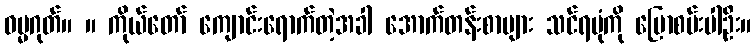
ဓမ္မဂုတ်။ ။ ကိုယ်တော် ကျောင်းရောက်တဲ့အခါ အောက်တန်းစာများ သင်ရပုံကို ပြောစမ်းပါဦး။